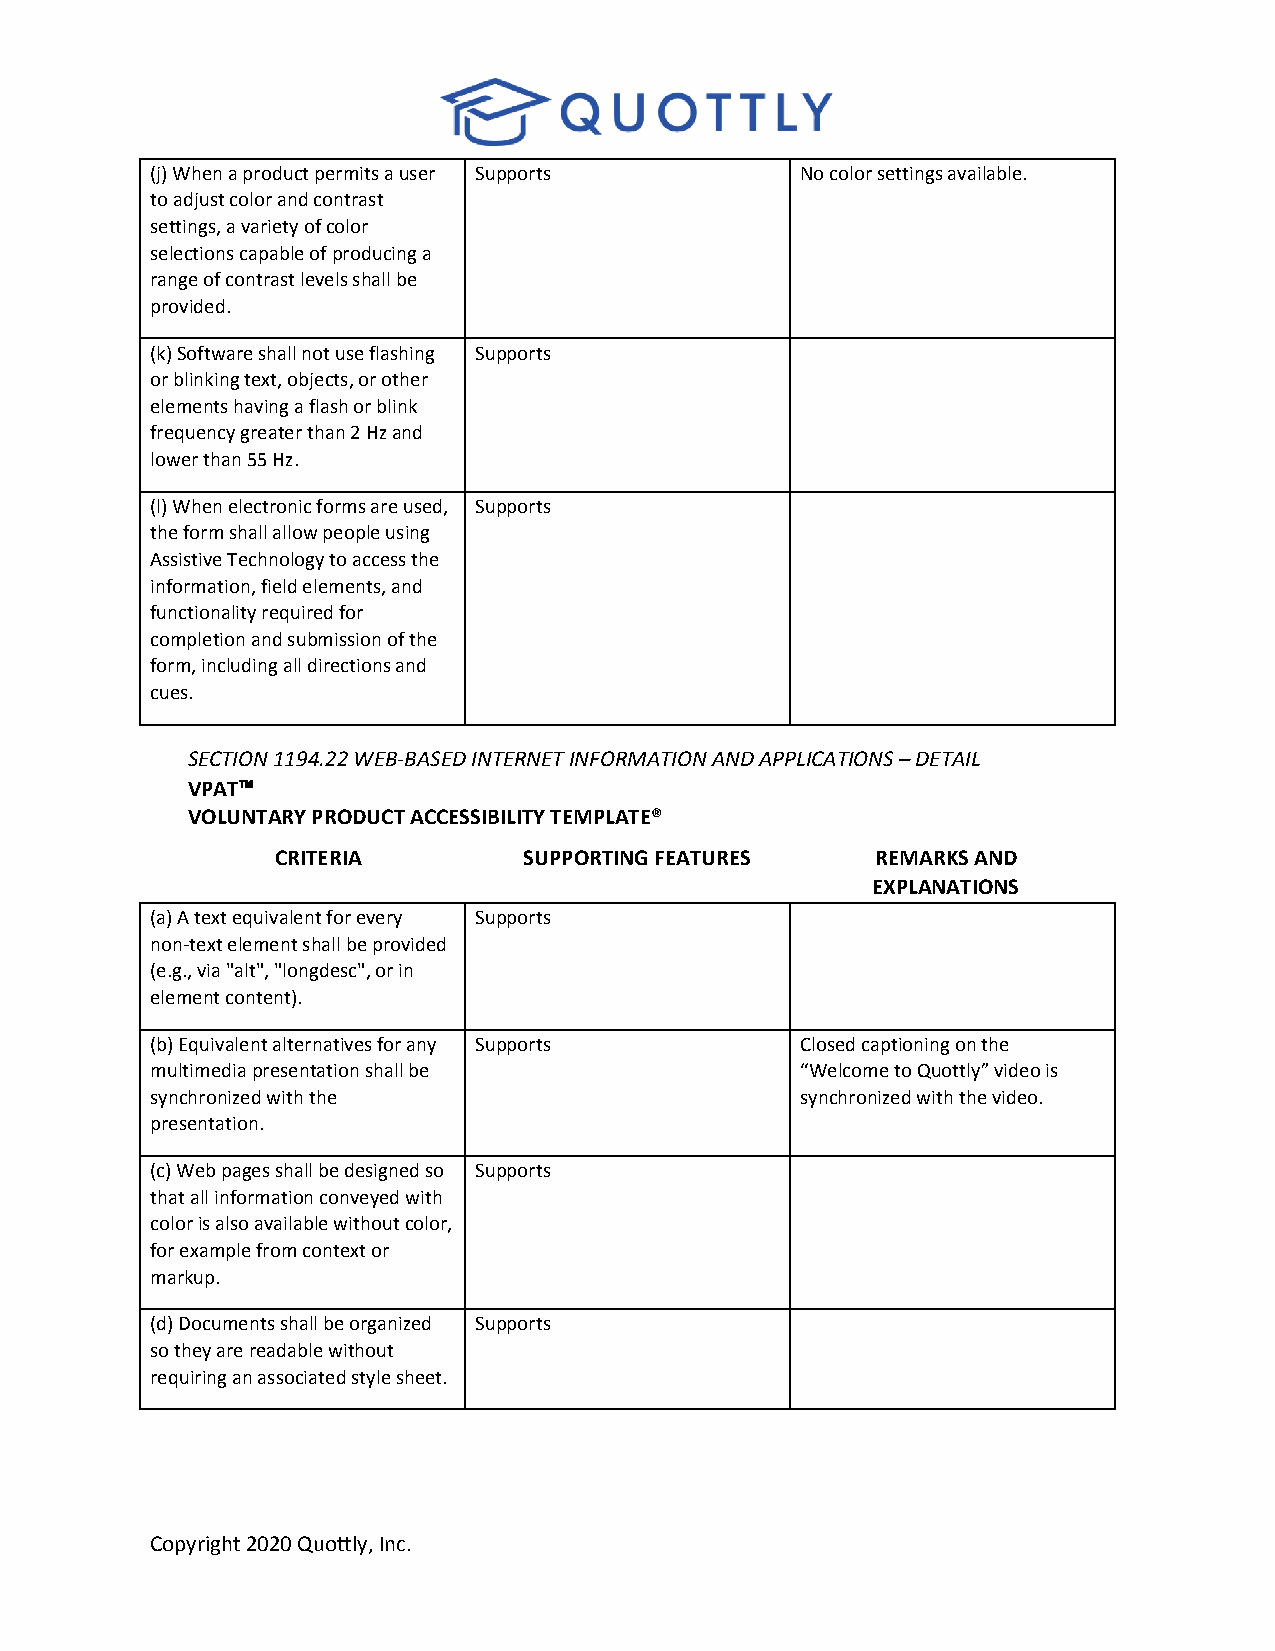
(j) When a product permits a user Supports No color settings available.
 to adjust color and contrast
 settings, a variety of color
 selections capable of producing a
 range of contrast levels shall be
 provided.
 (k) Software shall not use flashing Supports
 or blinking text, objects, or other
 elements having a flash or blink
 frequency greater than 2 Hz and
 lower than 55 Hz.
 (l) When electronic forms are used, Supports
 the form shall allow people using
 Assistive Technology to access the
 information, field elements, and
 functionality required for
 completion and submission of the
 form, including all directions and
 cues.
 SECTION 1194.22 WEB-BASED INTERNET INFORMATION AND APPLICATIONS – DETAIL
 VPAT
 ™
 VOLUNTARY PRODUCT ACCESSIBILITY TEMPLATE®
 CRITERIA         SUPPORTING FEATURES    REMARKS AND
 EXPLANATIONS
 (a) A text equivalent for every Supports
 non-text element shall be provided
 (e.g., via "alt", "longdesc", or in
 element content).
 (b) Equivalent alternatives for any Supports Closed captioning on the
 multimedia presentation shall be           “Welcome to Quottly” video is
 synchronized with the                      synchronized with the video.
 presentation.
 (c) Web pages shall be designed so Supports
 that all information conveyed with
 color is also available without color,
 for example from context or
 markup.
 (d) Documents shall be organized Supports
 so they are readable without
 requiring an associated style sheet.
 Copyright 2020 Quottly, Inc.